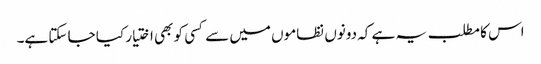
اس کا مطلب یہ ہے کہ دونوں نظاموں میں سے کسی کو بھی اختیار کیا جا سکتا ہے۔